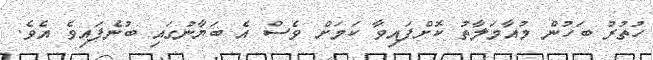
ހުތުރު ބަހުން މުއާމަލާތު ކޮށްފައިވާ ކަމަށް ވެސް އެ ބަޔާނުގައި ބުނެފައިވެ އެވެ.